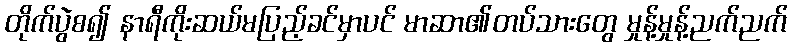
တိုက်ပွဲစ၍ နာရီကိုးဆယ်မပြည့်ခင်မှာပင် မာဆာ၏တပ်သားတွေ မှုန့်မှုန့်ညက်ညက်